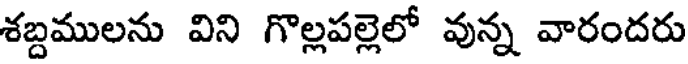
శబ్దములను విని గొల్లపల్లెలో వున్న వారందరు